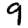
Digit: 9